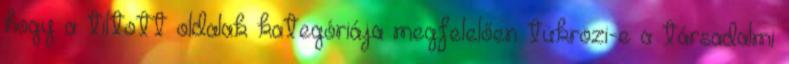
hogy a tiltott oldalak kategóriája megfelelően tükrözi-e a társadalmi